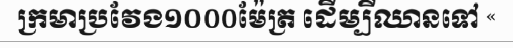
ក្រមាប្រវែង១០០០ម៉ែត្រ ដើម្បីឈានទៅ «